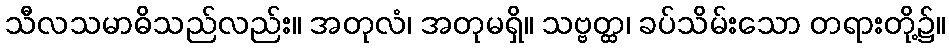
သီလသမာဓိသည်လည်း။ အတုလံ၊ အတုမရှိ။ သဗ္ဗတ္ထ၊ ခပ်သိမ်းသော တရားတို့၌။